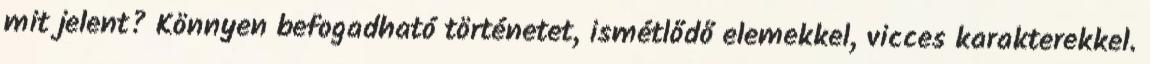
mit jelent? Könnyen befogadható történetet, ismétlődő elemekkel, vicces karakterekkel.